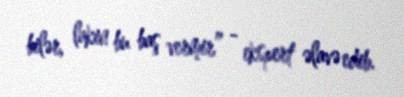
bilər, lakin bu baş vermir” - ekspert əlavə edib.